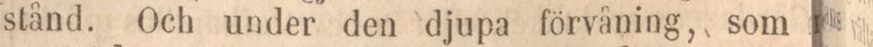
stånd. Och under den djupa förvåning, som